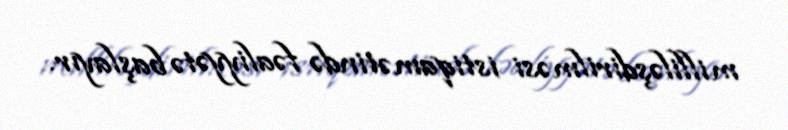
milliləşdirilməsi istiqamətində fəaliyyətə başlayır.